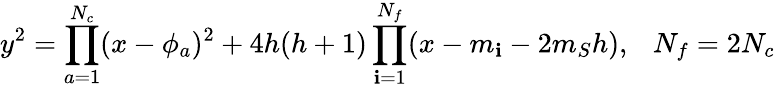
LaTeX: y^{2}=\prod_{a=1}^{N_{c}}(x-\phi_{a})^{2}+4h(h+1)\prod_{\mathbf{i}=1}^{N_{f}}(x-m_{\mathbf{i}}-2m_{S}h),~~~N_{f}=2N_{c}